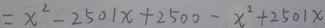
= x ^ { 2 } - 2 5 0 1 x + 2 5 0 0 - x ^ { 2 } + 2 5 0 1 x